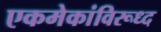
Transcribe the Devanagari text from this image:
एकमेकांविरूध्द